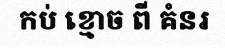
កប់ ខ្មោច ពី គំនរ